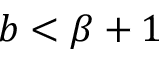
b < \beta + 1